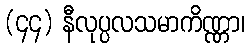
(၄၄) နီလုပ္ပလသမာကိဏ္ဏာ၊